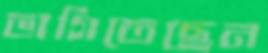
ভাগিতেছেন